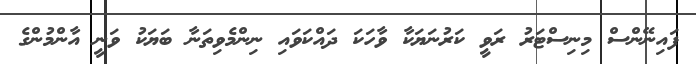
ފައިނޭންސް މިނިސްޓަރު ރަވީ ކަރުނަޔަކާ ވާހަކަ ދައްކަވައި ނިންމެވިތަނާ ބަޔަކު ވަނީ އާންމުންގެ